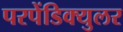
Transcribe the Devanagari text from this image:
परपेंडिक्युलर